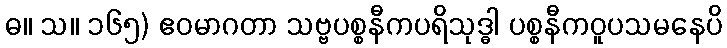
ဓ။ သ။ ၁၆၅) ဧဝမာဂတာ သဗ္ဗပစ္စနီကပရိသုဒ္ဓါ ပစ္စနီကဝူပသမနေပိ